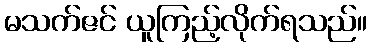
မသက်ဇင် ယူကြည့်လိုက်ရသည်။